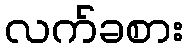
လက်ခစား